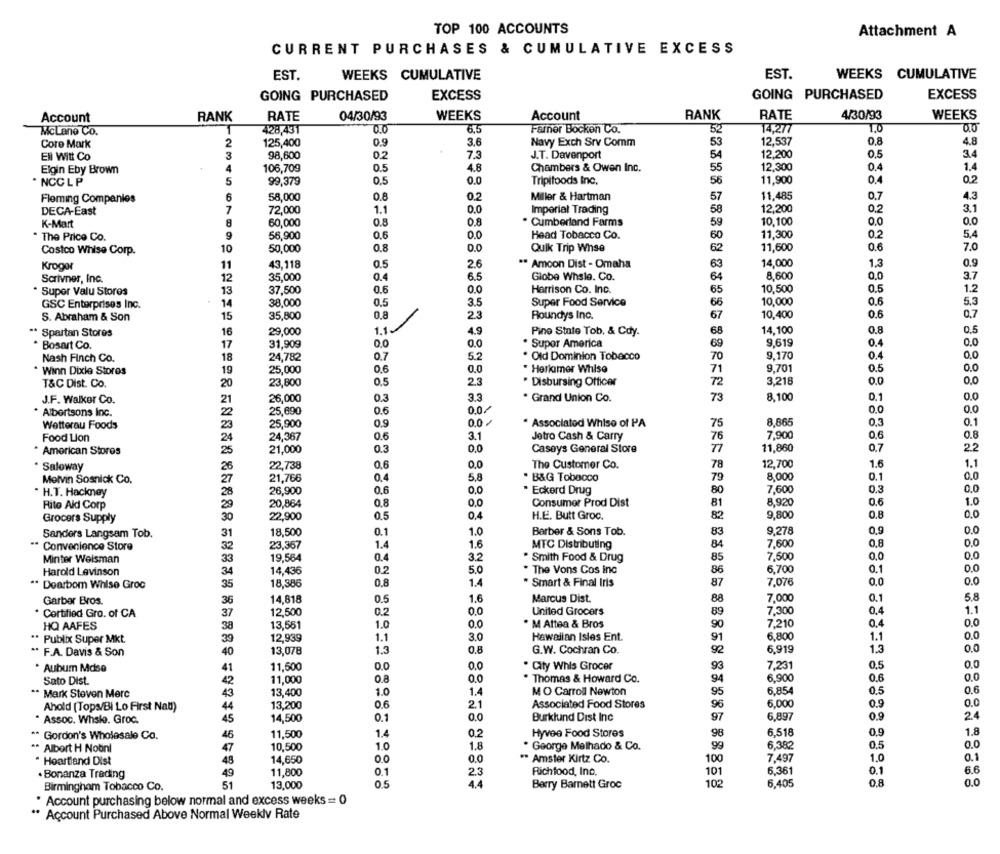
TOP 100 ACCOUNTS
Attachment A
CURRENT PURCHASES & CUMULATIVE EXCESS
EST.
WEEKS CUMULATIVE
EST.
WEEKS CUMULATIVE
GOING PURCHASED
EXCESS
GOING PURCHASED
EXCESS
Account
RANK
RATE
04/30/93
WEEKS
Account
RANK
RATE
4/30/93
WEEKS
428,431
0.0
6.5
Farner Bocken Co.
52
14,277
1.0
010
McLane Co.
Core Mark
2
125,400
0.9
3.6
Navy Exch Srv Comm
53
12,537
0.8
4.8
3
0.2
J.T. Davenport
54
12,200
0.5
3.4
EN WIL Co
98,600
Elgin Eby Brown
4
106,709
0.5
4.8
Chambers & Owen Inc.
55
12,300
0.
1.4
5
99,379
0.0
56
11,900
0.4
0.2
* NCC LP
0.5
Tripifoods Inc.
Fleming Companies
6
58,000
0.8
0.2
Miller & Hartman
57
11,485
0.7
4.3
DECA-East
7
72,000
1.1
0.0
Imperial Trading
58
12,200
0.2
3.1
K-Mart
60,000
0.8
0.8
. Cumberland Farms
59
10,100
0.0
0.0
The Price Co.
9
56,900
0.0
Head Tobacco Co.
60
11,300
0.2
5.4
10
50,000
0.8
0.0
Quik Trip Whse
62
11,600
7.0
Costco Whise Corp.
Kroger
11
43.118
0.5
2.6
** Amcon Dist - Omaha
63
14,000
1.
8.600
O.C
3.7
Scrivner, Inc.
12
35,000
0.4
6.5
Globe Whsle. Co.
64
· Super Valu Stores
13
37,500
0.6
0.0
Harrison Co. Inc.
65
10,500
0.5
1.2
GSC Enterprises Inc.
14
38,000
0.5
3.5
Super Food Service
66
10,000
0.6
5,3
15
35,800
0.8
2.3
Roundys Inc.
67
10,400
0.6
0.7
S. Abraham & Son
1.1
** Spartan Stores
16
29,000
4.9
Pine State Tob, & Cdy.
68
14,100
0.8
0.5
0.0
9,619
0.
0.0
. Bosart Co.
17
31,909
. Supor America
69
Nash Finch Co.
18
24,782
0.7
5.2
. Old Dominion Tobacco
70
9,170
0.4
0,0
19
0.6
0.0
* Herkimer Whise
7
9,701
0.5
0.0
. Winn Dixie Stores
25,000
T&C Dist. Co.
20
23,80€
0.5
2.3
Disbursing Officer
72
3,216
0.0
J.F. Walker Co.
21
26,000
0.3
3.3
* Grand Union Co.
73
8,100
0.1
0.0
25,690
0.6
0.0/
0.0
0.0
* Albertsons Inc.
22
Wetterau Foods
23
25,900
0.9
0.0 /
. Associated Whise of PA
75
8,865
0,3
0.1
24,367
0.6
3.1
Jetro Cash & Carry
7,900
0.6
0.8
Food Lion
24
76
* American Stores
25
21,000
0.3
0.0
Caseys General Store
71
11,860
0.7
22
1.6
· Saloway
26
22,738
0.6
0.0
The Customer Co.
78
12,700
1.
Melvin Sosnick Co.
27
21,766
0.4
5,8
. B&G Tobacco
79
8,000
0.1
0,0
0.3
0.0
. H.T. Hackney
28
26,900
0.6
0.0
. Eckerd Drug
80
7,600
Rito Ald Corp
20,864
0.8
O.C
Consumer Prod Dist
81
8,920
0.6
1.0
29
82
0.0
Grocers Supply
30
22,900
0.5
0,4
H.E. Butt Groc.
9,800
0.8
0.1
Barber & Sons Tob.
9,278
0,9
0.0
Sanders Langsam Tob.
31
18,500
1.0
83
..
Convenience Store
32
23,367
1.4
1.6
MTC Distributing
84
7.600
0.8
0.0
19,564
0.4
3.2
Smith Food & Drug
7,500
0.0
0.0
Minter Weisman
33
85
Harold Levinson
34
14,436
0.2
5.0
. The Vons Cos inc
86
6.700
0.1
0.0
1.4
7.076
0.0
0.0
" Dearbom Whise Groc
35
18,586
0.8
Smart & Final Iris
87
0.5
1.6
Marcus Dist.
7,000
0.1
5.8
Garber Bros.
36
14,818
88
Cortified Gro. of CA
37
12,500
0.2
0.0
United Grocers
89
7,300
0.4
1.1
1.0
O.C
. M Attea & Bros
90
7,210
0.4
0.0
HQ AAFES
38
13,551
. Publix Super Mkt.
39
12,939
1.1
3.0
Hawaiian Isles Ent.
91
6,800
1.1
0.0
..
13,078
1.3
0.8
G.W. Cochran Co.
92
6.919
1.3
0.0
F.A. Davis & Son
40
. Aubum Mdse
11,500
0.0
0.0
. City Whis Grocer
93
7,231
0.5
0.0
41
0.0
Sato Dist.
42
11,000
0.8
0.0
Thomas & Howard Co.
94
6.900
0.6
..
43
13,400
1.0
1.4
MO Carroll Newton
6,854
0.5
0.6
Mark Steven Merc
95
Ahold (Tops/Bi Lo First Nat)
44
13,200
0.6
2.1
Associated Food Stores
96
6,000
0.9
O.C
14,500
0.1
Burklund Dist Inc
97
6,897
0.9
2.4
* Assoc. Whsie. Groc.
45
** Gordon's Wholesale Co.
11,500
1.4
0.2
Hyvee Food Stores
98
6,518
0.9
1.8
46
0.0
** Albert H Nobnl
47
10,500
1.0
1.8
. George Melhado & Co.
99
6.382
0.5
. Heartland Dist
48
14,650
0.0
0.0
** Amster Kirtz Co.
100
7,497
1.0
0.1
6.361
0.1
6.6
· Bonanza Trading
49
11,800
0.1
2.3
Richfood, Inc.
101
Birmingham Tobacco Co.
51
13,000
0.5
4.4
Berry Barnett Groc
102
6,405
0.8
0.0
Account purchasing below normal and excess weeks = 0
" Account Purchased Above Normal Weekly Rate